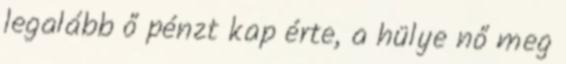
legalább ő pénzt kap érte, a hülye nő meg